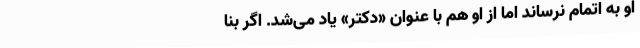
او به اتمام نرساند اما از او هم با عنوان «دکتر» یاد می‌شد. اگر بنا